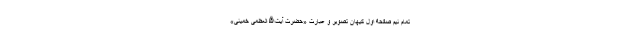
تمام نیم صفحۀ اول کیهان تصویر و عبارت «حضرت آیت‌الله العظمی خمینی»